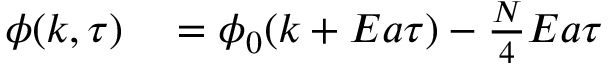
\begin{array} { r l } { \phi ( k , \tau ) } & { { } = \phi _ { 0 } ( k + E a \tau ) - \frac { N } { 4 } E a \tau } \end{array}